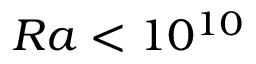
R a < 1 0 ^ { 1 0 }